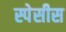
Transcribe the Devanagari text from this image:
स्पेसीस